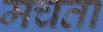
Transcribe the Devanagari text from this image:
मचता